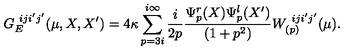
G _ { E } ^ { \ i j i ^ { \prime } j ^ { \prime } } ( \mu , X , X ^ { \prime } ) = 4 \kappa \sum _ { p = 3 i } ^ { i \infty } \frac { i } { 2 p } \frac { \Psi _ { p } ^ { r } ( X ) \Psi _ { p } ^ { l } ( X ^ { \prime } ) } { ( 1 + p ^ { 2 } ) } W _ { ( p ) } ^ { \ i j i ^ { \prime } j ^ { \prime } } ( \mu ) .